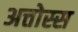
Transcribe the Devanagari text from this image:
अत्तोस्स